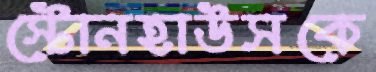
স্টোনহাউসকে